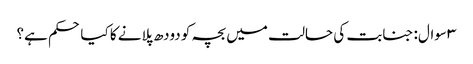
۳ سوال: جنابت کی حالت میں بچہ کو دودھ پلانے کا کیا حکم ہے؟